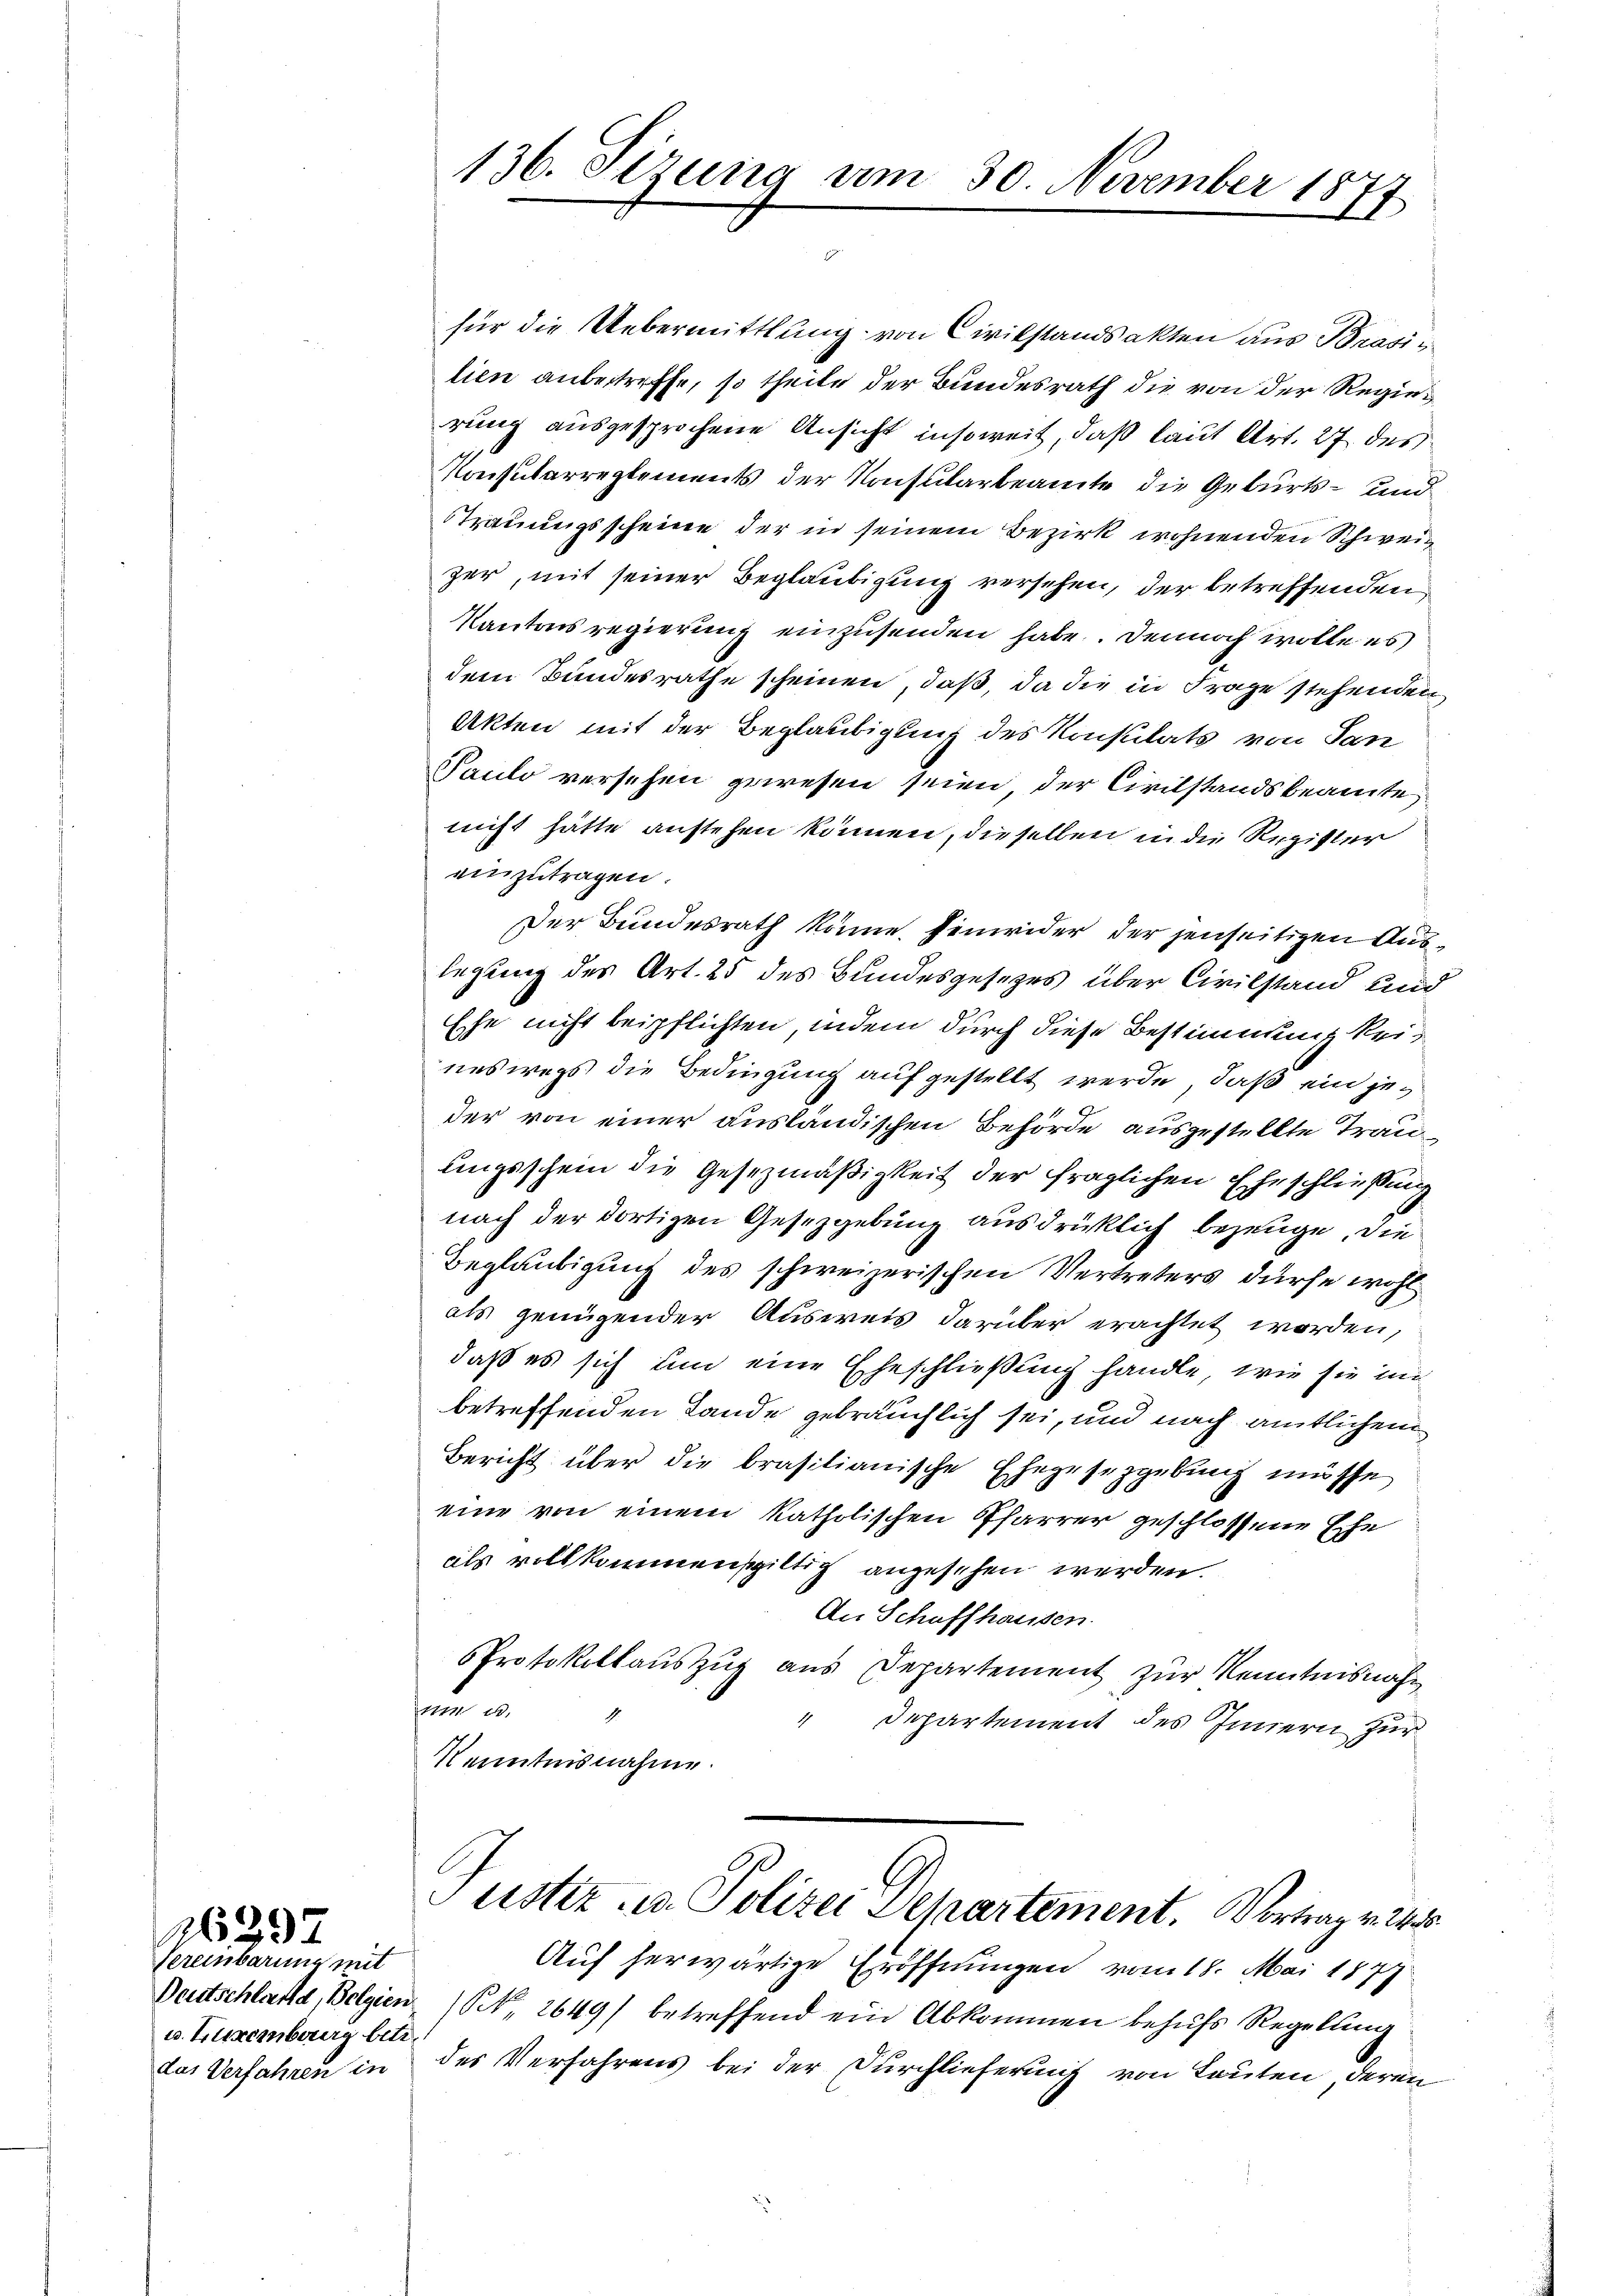
Vereinbarung mit
u. Eurembourg betr.

26297

für die Uebermittlung von Civilstandsakten aus Brasi
lien anbetreffe, so theile der Bundesrath die von der Regierung ausgesprochene Ansicht insoweit, daß laut Art. 27 des
Konsularreglements der Konsularbeamte die Geburts- und
Strauungsscheine der in seinem Bezirk wohnenden Schweizer, mit seiner Beglaubigung versehen, der betreffenden
Kantonsregierung einzusenden habe. Dennoch wolle es
dem Bundesrathe scheinen, daß, da die in Frage stehenden
Akten mit der Beglaubigung des Konsulats von San
Paulo versehen gewesen seien, der Civilstandsbeamte
nicht hätte anstehen können, dieselben in die Register
einzutragen.
Der Bundesrath könne. Einwider der jenseitigen Auslegung des Art. 25 des Bundesgesetzes über Civilstand und
Ehe nicht beipflichten, indem durch diese Bestimmung keineswegs die Bedingung aufgestellt werde, daß ein jeder von einer ausländischen Behörde ausgestellte Traulingsschein die Gesezmäßigkeit der fraglichen Eheschließung
nach der dortigen Gesetzgebung ausdrücklich bezeuge, die
Beglaubigung des schweizerischen Vertreters dürfe wohl
als genügender Ausweis darüber erachtet worden,
daß es sich um eine Eheschließung handle, wie sie in
betreffenden Lande gebräuchlich sei, und nach amtlichen
Bericht über die brasilianische Ehegesezgebung müsse
eine von einem katholischen Pfarrer geschlossene Ehe
als vollkommenschiltig angesehen werden.
An Schaffhausen.
Protokollauszug aus Departement zur Kenntnisnahm
m 12.
1
" Departement des Innern zur
Kenntnisnahme.
Justiz u. Polizei Separtement. Vortrag v. 241
Auf herwärtige Eröffnungen vom 18. Mai 1877
Deutschland, Belgien (S. 2649) betreffend ein Abkommen behŭfs Regelung
das Verfahren in des Verfahrens bei der Durchlieferung von Leuten, deren

136. Sirung am 30. November 18
1